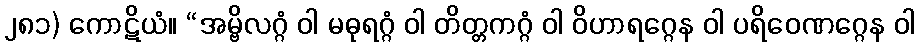
၂၈၁) ကောဋိယံ။ “အမ္ဗိလဂ္ဂံ ဝါ မဓုရဂ္ဂံ ဝါ တိတ္တကဂ္ဂံ ဝါ ဝိဟာရဂ္ဂေန ဝါ ပရိဝေဏဂ္ဂေန ဝါ